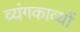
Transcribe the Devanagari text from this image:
व्यंगकाव्यों